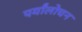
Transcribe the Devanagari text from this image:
पर्यांलोचन